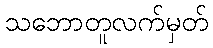
သဘောတူလက်မှတ်